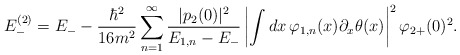
\begin{align*}E_-^{(2)}=E_- -{\hbar^2\over16m^2}\sum_{n=1}^\infty {|p_2(0)|^2\over E_{1,n}-E_-} \left|\int dx\, \varphi_{1,n}(x)\partial_x\theta(x)\right|^2\varphi_{2+}(0)^2.\end{align*}